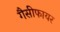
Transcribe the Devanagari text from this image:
गैसीफायर